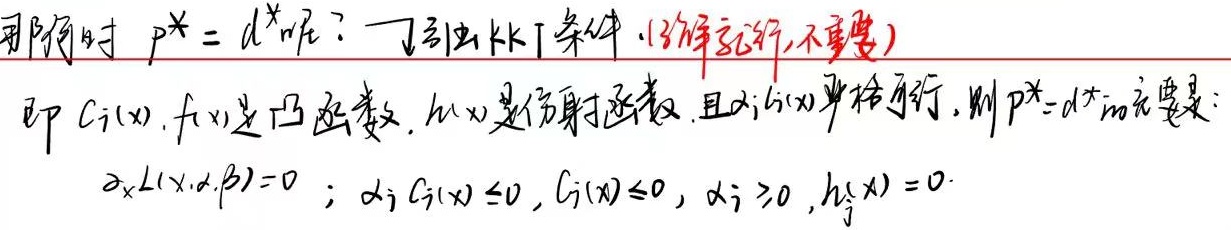
在何时 \(p^{*}=d^{*}\) 呢？（引出KKT条件，了解就行，不重要）即 \(C_i(x)\)，\(f(x)\) 是凸函数，\(h_j(x)\) 是仿射函数，且 \(\exists i\) 使 \(C_i(x)\) 严格可行，则 \(p^{*}=d^{*}\) 的充要条件是：
\(\nabla_x L(x, \alpha, \beta)=0\)；
\(\alpha_i C_i(x)\leq0\)，\(C_i(x)\leq0\)，\(\alpha_i\geq0\)，\(h_j(x)=0\)。